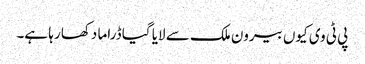
پی ٹی وی کیوں بیرون ملک سے لایا گیا ڈراما دکھا رہا ہے۔